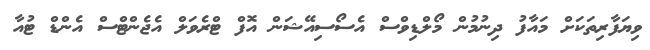
ވިޔަފާރިތަކަށް މައާފު ދިނުމުން މޯލްޑިވްސް އެސޯސިއޭޝަން އޮފް ޓްރެވަލް އެޖެންޓްސް އެންޑް ޓުއާ